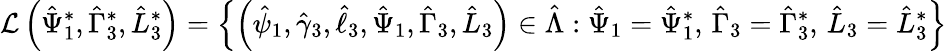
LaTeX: \mathcal{L}\left(\hat{\Psi}_{1}^{*},\hat{\Gamma}_{3}^{*},\hat{L}_{3}^{*}\right)=\left\{ \left(\hat{\psi}_{1},\hat{\gamma}_{3},\hat{\ell}_{3},\hat{\Psi}_{1},\hat{\Gamma}_{3},\hat{L}_{3}\right)\in\hat{\Lambda}:\hat{\Psi}_{1}=\hat{\Psi}_{1}^{*},\, \hat{\Gamma}_{3}=\hat{\Gamma}_{3}^{*},\, \hat{L}_{3}=\hat{L}_{3}^{*}\right\}